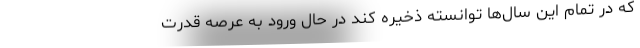
که در تمام این سال‌ها توانسته ذخیره کند در حال ورود به عرصه قدرت